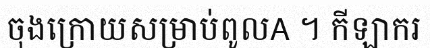
ចុងក្រោយសម្រាប់ពូលA ។ កីឡាករ